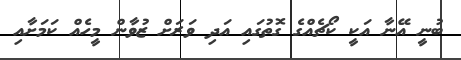
ބުނީ އޭނާ އަކީ ކޯޗެއްގެ ގޮތުގައި އަދި ވަރަށް ޒުވާން މީހެއް ކަމަށާއި